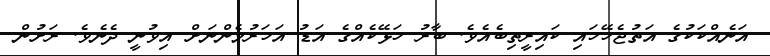
އަނެއްކަކުގެ އަތުޖެހޭހައި ކައިރީތިބެއެވެ. ބާރު ހަޅޭކެއްގެ އަޑު އަހަރުމެންނަށް އިވުނީ ދެނެވެ. ރަށުން